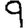
Digit: 9